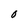
Character: O